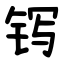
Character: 䥾